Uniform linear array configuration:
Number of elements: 32
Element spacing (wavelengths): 1
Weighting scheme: hamming
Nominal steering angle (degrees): -60
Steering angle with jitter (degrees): -61.875
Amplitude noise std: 0.05
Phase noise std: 0.05

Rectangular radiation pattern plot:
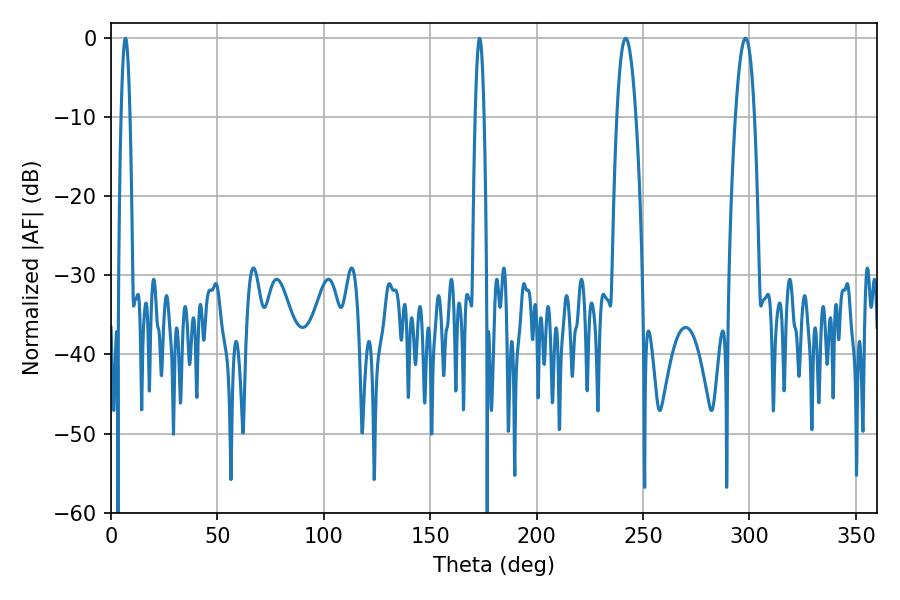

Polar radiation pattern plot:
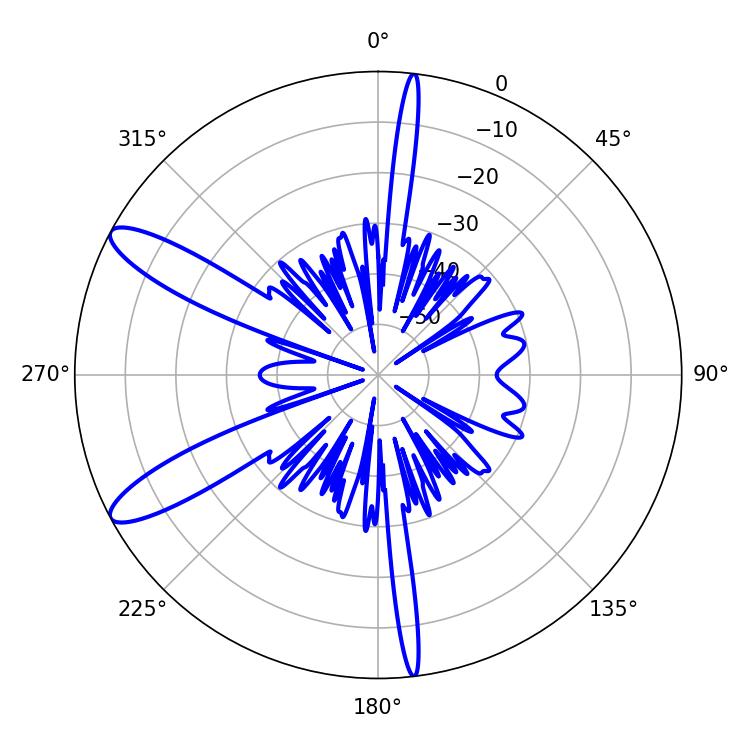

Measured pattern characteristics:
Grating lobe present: TRUE
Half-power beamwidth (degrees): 4.86
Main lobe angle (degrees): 298.08